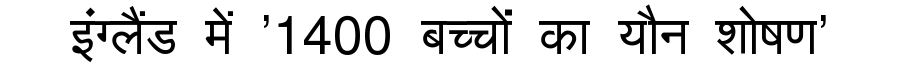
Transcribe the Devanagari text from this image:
इंग्लैंड में '1400 बच्चों का यौन शोषण'